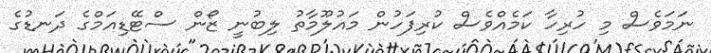
ނަމަވެސް މި ހުރިހާ ކަމެއްވެސް ކުރިފަހުން މައުލޫމާތު ލިބުނީ ޒޯން ސްޓޭޑިއަމްގެ ދަނޑުގެ